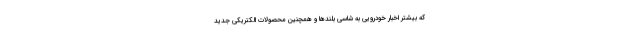
که بیشتر اخبار خودرویی به شاسی بلندها و همچنین محصولات الکتریکی جدید